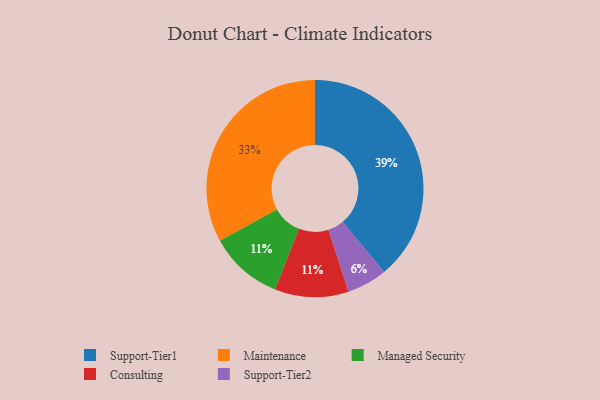
{"axis": {"x": "Category", "y": "Percentage"}, "legend": ["Consulting", "Maintenance", "Managed Security", "Support-Tier1", "Support-Tier2"], "data": [{"x": "Managed Security", "y": 11, "type": "Managed Security"}, {"x": "Support-Tier1", "y": 39, "type": "Support-Tier1"}, {"x": "Consulting", "y": 11, "type": "Consulting"}, {"x": "Maintenance", "y": 33, "type": "Maintenance"}, {"x": "Support-Tier2", "y": 6, "type": "Support-Tier2"}]}